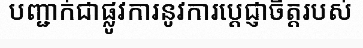
បញ្ជាក់ជាផ្លូវការនូវការប្តេជ្ញាចិត្តរបស់